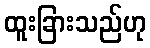
ထူးခြားသည်ဟု